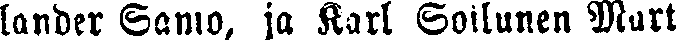
lander Samo, ja Karl Soilunen Mart